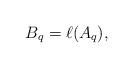
LaTeX: \begin{align*}B_q = \ell(A_q),\end{align*}